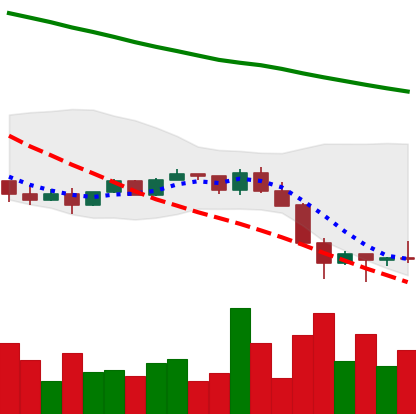
Ticker: NEO-USD
Chart end date: 2022-01-26
Forward return: 8.603%
Label: up_7plus